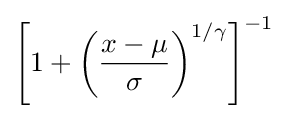
\left[1+\left({\frac {x-\mu }{\sigma }}\right)^{1/\gamma }\right]^{-1}